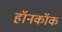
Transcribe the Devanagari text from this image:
हॉनकॉक